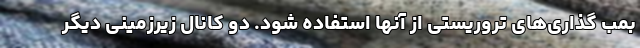
بمب گذاری‌های تروریستی از آنها استفاده شود. دو کانال زیرزمینی دیگر